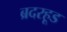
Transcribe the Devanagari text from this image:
ब्रदरहूड